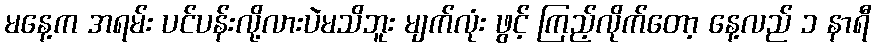
မနေ့က အရမ်း ပင်ပန်းလို့လားပဲမသိဘူး မျက်လုံး ဖွင့် ကြည့်လိုက်တော့ နေ့လည် ၁ နာရီ